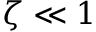
\zeta \ll 1